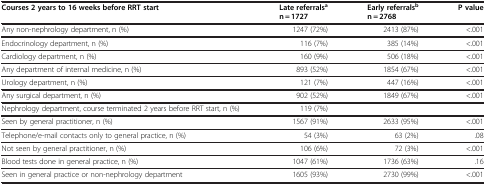
| Courses 2 years to 16 weeks before RRT start | Late referralsan = 1727 | Early referralsbn = 2768 | P value |
 | --- | --- | --- | --- |
 | Any non-nephrology department, n (%) | 1247 (72%) | 2413 (87%) | <.001 |
 | Endocrinology department, n (%) | 116 (7%) | 385 (14%) | <.001 |
 | Cardiology department, n (%) | 160 (9%) | 506 (18%) | <.001 |
 | Any department of internal medicine, n (%) | 893 (52%) | 1854 (67%) | <.001 |
 | Urology department, n (%) | 121 (7%) | 447 (16%) | <.001 |
 | Any surgical department, n (%) | 902 (52%) | 1849 (67%) | <.001 |
 | Nephrology department, course terminated 2 years before RRT start, n (%) | 119 (7%) |  |  |
 | Seen by general practitioner, n (%) | 1567 (91%) | 2633 (95%) | <.001 |
 | Telephone/e-mail contacts only to general practice, n (%) | 54 (3%) | 63 (2%) | .08 |
 | Not seen by general practitioner, n (%) | 106 (6%) | 72 (3%) | <.001 |
 | Blood tests done in general practice, n (%) | 1047 (61%) | 1736 (63%) | .16 |
 | Seen in general practice or non-nephrology department | 1605 (93%) | 2730 (99%) | <.001 |